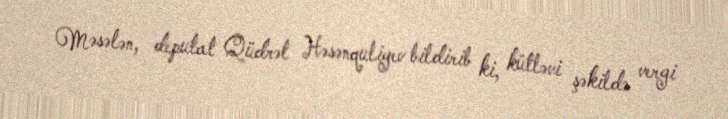
Məsələn, deputat Qüdrət Həsənquliyev bildirib ki, kütləvi şəkildə vergi